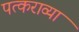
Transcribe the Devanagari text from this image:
पत्कराव्या